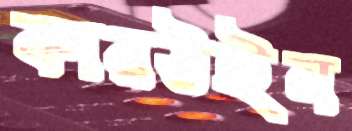
কারউইন